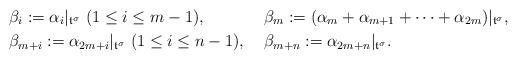
LaTeX: \begin{align*}&\beta_i:=\alpha_i|_{\frak{t}^\sigma}\ (1\leq i\leq m-1), &&\beta_m:=(\alpha_m+\alpha_{m+1}+\cdots+\alpha_{2m})|_{\frak{t}^\sigma},\\&\beta_{m+i}:=\alpha_{2m+i}|_{\frak{t}^\sigma}\ (1\leq i\leq n-1), &&\beta_{m+n}:=\alpha_{2m+n}|_{\frak{t}^\sigma}.\end{align*}